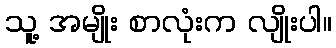
သူ့ အမျိုး စာလုံးက လျိုးပါ။